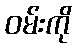
ဝမ်းကို